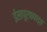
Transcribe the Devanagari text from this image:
ईसापूरफफड़्व